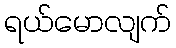
ရယ်မောလျက်